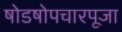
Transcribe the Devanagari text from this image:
षोडषोपचारपूजा